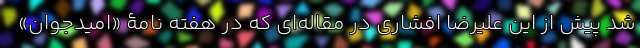
شد پیش از این علیرضا افشاری در مقاله‌ای که در هفته نامۀ «امید‌جوان»